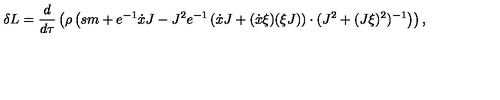
\delta L = \frac { d } { d \tau } \left( \rho \left( s m + e ^ { - 1 } \dot { x } J - J ^ { 2 } e ^ { - 1 } \left( \dot { x } J + ( \dot { x } \xi ) ( \xi J ) \right) \cdot ( J ^ { 2 } + ( J \xi ) ^ { 2 } ) ^ { - 1 } \right) \right) ,